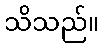
သိသည်။